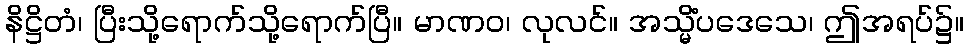
နိဋ္ဌိတံ၊ ပြီးသို့ရောက်သို့ရောက်ပြီ။ မာဏဝ၊ လုလင်။ အသ္မိံပဒေသေ၊ ဤအရပ်၌။